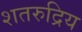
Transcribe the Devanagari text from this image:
शतरुद्रिय